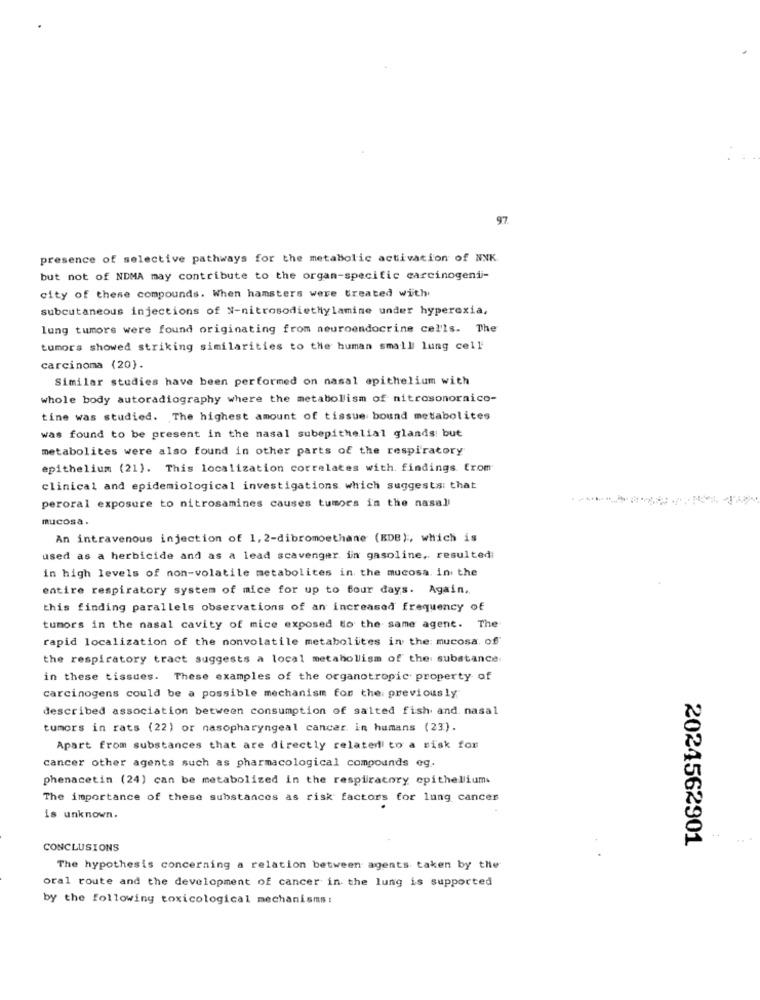
97
presence of selective pathways for the metabolic activation of NNK
but not of NDMA may contribute to the organ-specific carcinogenii-
city of these compounds. When hamsters were treated with
subcutaneous injections of N-nitrosodiethylamine under hyperexia,
lung tumors were found originating from neuroendocrine cells. The
tumors showed striking similarities to the human small lung cell
carcinoma (20).
Similar studies have been performed on nasal epithelium with
whole body autoradiography where the metabolism of nitrosonornico-
tine was studied. The highest amount of tissue bound metabolites
was found to be present in the nasal subepithelial glands: but
metabolites were also found in other parts of the respiratory
epithelium (21). This localization correlates with. findings from
clinical and epidemiological investigations which suggests: that
peroral exposure to nitrosamines causes tumors in the nasall
mucosa.
An intravenous injection of 1, 2-dibromoethane (BDB), which is
used as a herbicide and as a lead scavenger in gasoline, resultedi
in high levels of non-volatile metabolites in the mucosa. in the
entire respiratory system of mice for up to four days. Again ..
this finding parallels observations of an increased frequency of
tumors in the nasal cavity of mice exposed to the same agent. The
rapid localization of the nonvolatile metabolites in the: mucosa. of'
the respiratory tract suggests a local metabolism of the substance
in these tissues. These examples of the organotropic property of
carcinogens could be a possible mechanism for the previously
described association between consumption of salted fish and. nasal
tumors in rats (22) or nasopharyngeal cancer in humans (23) .
Apart from substances that are directly related to a risk for
cancer other agents such as pharmacological compounds eg.
phenacetin (24) can be metabolized in the respiratory epithelium.
The importance of these substances as risk factors for lung cancer
is unknown.
2024562901
CONCLUSIONS
The hypothesis concerning a relation between agents taken by the
oral route and the development of cancer in the lung is supported
by the following toxicological mechanisms :